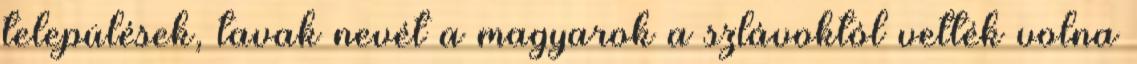
települések, tavak nevét a magyarok a szlávoktól vették volna